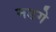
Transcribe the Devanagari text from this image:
नडगे